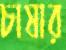
চাষার